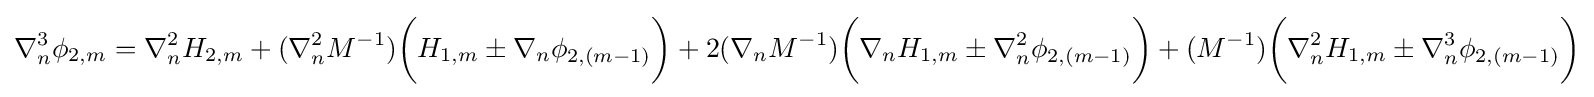
\nabla _{n}^{3}\phi _{2,m}=\nabla _{n}^{2}H_{2,m}+(\nabla _{n}^{2}M^{-1}){\bigg (}H_{1,m}\pm \nabla _{n}\phi _{2,(m-1)}{\bigg )}+2(\nabla _{n}M^{-1}){\bigg (}\nabla _{n}H_{1,m}\pm \nabla _{n}^{2}\phi _{2,(m-1)}{\bigg )}+(M^{-1}){\bigg (}\nabla _{n}^{2}H_{1,m}\pm \nabla _{n}^{3}\phi _{2,(m-1)}{\bigg )}